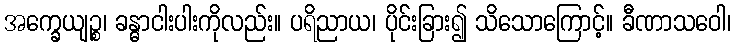
အက္ခေယျဉ္စ၊ ခန္ဓာငါးပါးကိုလည်း။ ပရိညာယ၊ ပိုင်းခြား၍ သိသောကြောင့်။ ခီဏာသဝေါ၊